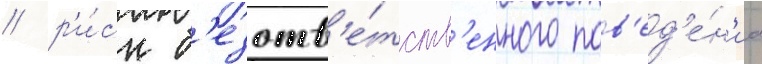
/ р'и́ск б'езотв'е́тств'енного пов'ед'е́н'иа